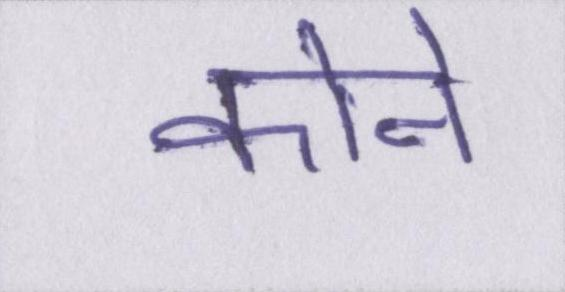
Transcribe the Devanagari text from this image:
कोने